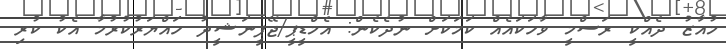
މުއާޒު ދެއްކީ ރަސްމީ ވާހަކައެއް ކަމަކަށް ނުދެކެން: އެމްޑީޕީ/ޖޭޕީނަޝީދު ހައްޔަރުކުރުމާ އެކު ކުރި